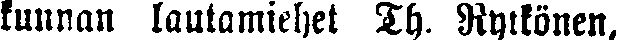
kunnan lautamiehet Th. Rytkönen,